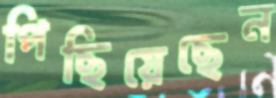
পিছিয়েছেন